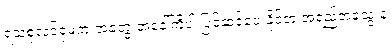
ရသစုံလင်ရုံမက အတွေးအခေါ်ကိုပါ ပြင်ဆင်ပေးနိုင်တဲ့ အရည်အသွေးနဲ့